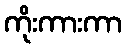
ကိုးကားကာ